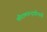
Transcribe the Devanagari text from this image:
श्रीरामचन्द्रप्रीत्यर्थे